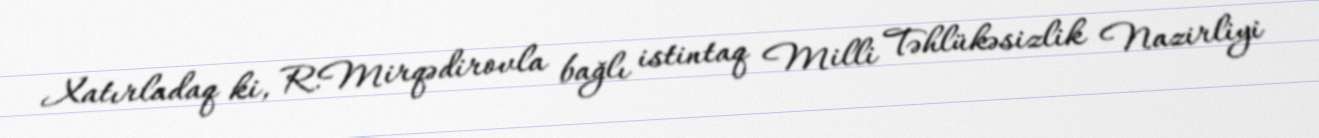
Xatırladaq ki, R.Mirqədirovla bağlı istintaq Milli Təhlükəsizlik Nazirliyi